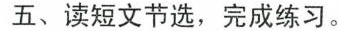
五、读短文节选，完成练习。